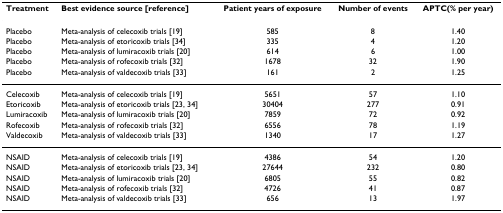
<table><thead><tr><td><b>Treatment</b></td><td><b>Best evidence source [reference]</b></td><td><b>Patient years of exposure</b></td><td><b>Number of events</b></td><td><b>APTC(% per year)</b></td></tr></thead><tbody><tr><td>Placebo</td><td>Meta-analysis of celecoxib trials [19]</td><td>585</td><td>8</td><td>1.40</td></tr><tr><td>Placebo</td><td>Meta-analysis of etoricoxib trials [34]</td><td>335</td><td>4</td><td>1.20</td></tr><tr><td>Placebo</td><td>Meta-analysis of lumiracoxib trials [20]</td><td>614</td><td>6</td><td>1.00</td></tr><tr><td>Placebo</td><td>Meta-analysis of rofecoxib trials [32]</td><td>1678</td><td>32</td><td>1.90</td></tr><tr><td>Placebo</td><td>Meta-analysis of valdecoxib trials [33]</td><td>161</td><td>2</td><td>1.25</td></tr><tr><td>Celecoxib</td><td>Meta-analysis of celecoxib trials [19]</td><td>5651</td><td>57</td><td>1.10</td></tr><tr><td>Etoricoxib</td><td>Meta-analysis of etoricoxib trials [23, 34]</td><td>30404</td><td>277</td><td>0.91</td></tr><tr><td>Lumiracoxib</td><td>Meta-analysis of lumiracoxib trials [20]</td><td>7859</td><td>72</td><td>0.92</td></tr><tr><td>Rofecoxib</td><td>Meta-analysis of rofecoxib trials [32]</td><td>6556</td><td>78</td><td>1.19</td></tr><tr><td>Valdecoxib</td><td>Meta-analysis of valdecoxib trials [33]</td><td>1340</td><td>17</td><td>1.27</td></tr><tr><td>NSAID</td><td>Meta-analysis of celecoxib trials [19]</td><td>4386</td><td>54</td><td>1.20</td></tr><tr><td>NSAID</td><td>Meta-analysis of etoricoxib trials [23, 34]</td><td>27644</td><td>232</td><td>0.80</td></tr><tr><td>NSAID</td><td>Meta-analysis of lumiracoxib trials [20]</td><td>6805</td><td>55</td><td>0.82</td></tr><tr><td>NSAID</td><td>Meta-analysis of rofecoxib trials [32]</td><td>4726</td><td>41</td><td>0.87</td></tr><tr><td>NSAID</td><td>Meta-analysis of valdecoxib trials [33]</td><td>656</td><td>13</td><td>1.97</td></tr></tbody></table>